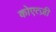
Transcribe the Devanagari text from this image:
कोएत्ज़ी